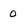
Character: 0